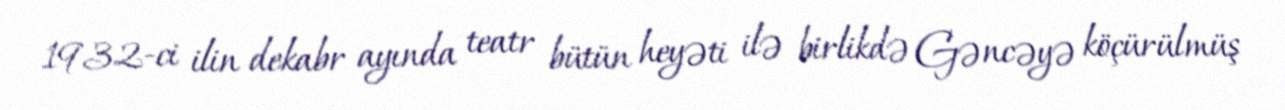
1932-ci ilin dekabr ayında teatr bütün heyəti ilə birlikdə Gəncəyə köçürülmüş